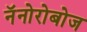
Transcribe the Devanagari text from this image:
नॅनोरोबोज